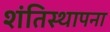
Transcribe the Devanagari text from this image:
शंतिस्थापना